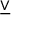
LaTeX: \underline { { \lor } }